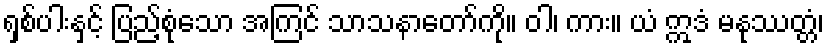
ရှစ်ပါးနှင့် ပြည့်စုံသော အကြင် သာသနာတော်ကို။ ဝါ၊ ကား။ ယံ ဣဒံ မနုဿတ္တံ၊